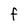
Character: f